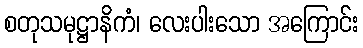
စတုသမုဋ္ဌာနိကံ၊ လေးပါးသော အကြောင်း